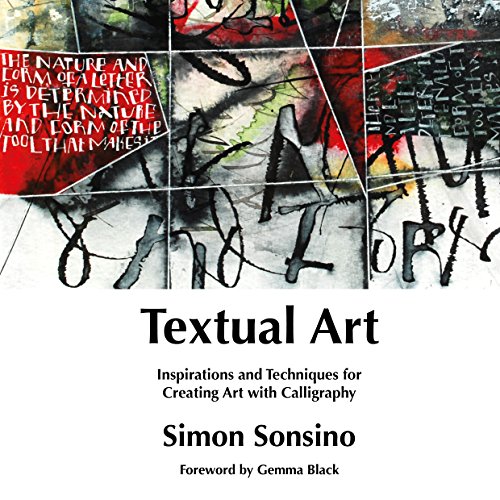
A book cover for Textual Art: Inspirations and Techniques for Creating Art with Calligraphy; Simon Sonsino; Arts & Photography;